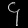
Digit: ၄